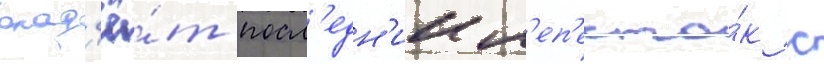
опад'ё́т посл'едн'ии л'еп'есто́к с